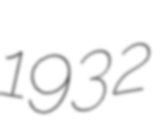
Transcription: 1932